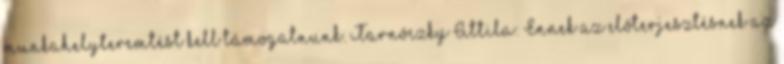
munkahelyteremtést kell támogatnunk. Tarnóczky Attila: Ennek az előterjesztésnek az